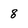
Character: 8